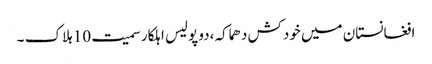
افغانستان میں خودکش دھماکہ ،دو پولیس اہلکار سمیت 10 ہلاک ۔